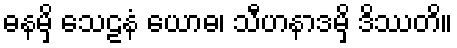
ဓနမှိ သေဠနံ ယောဓ၊ သီဟနာဒမှိ ဒိဿတိ။